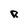
Character: R